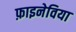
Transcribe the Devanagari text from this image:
फ़ाइनेविया